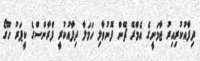
ދިފާއުކުރިއިރު ޖާމަނީގެ އެމްރޭ ޗޭން ފޮނުވާލި ހަމަލާ ދިފާއުކުރީ ފްރާންސްގެ ކީޕަރު ހޫގޯ